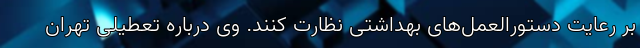
بر رعایت دستورالعمل‌های بهداشتی نظارت کنند. وی درباره تعطیلی تهران